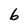
Character: b